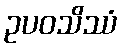
ဥပဝသိဿံ